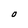
Character: O